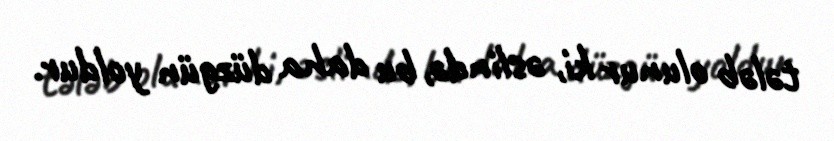
tələb olunur ki, əslində, bu daha düzgün yoldur.